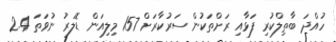
ހުއްދަ ބާތިލްކުރި ފަޅާއި ރަށްތަކުން ސަރުކާރަށް 157 މިލިއަން ޑޮލަރު ނުވަތަ 2.4